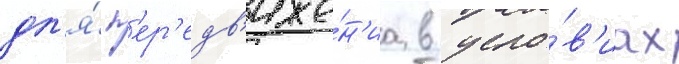
дл'я́ п'ер'едв'иже́н'иа в усло́в'иах